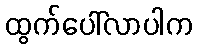
ထွက်ပေါ်လာပါက